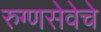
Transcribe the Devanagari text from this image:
रुग्णसेवेचे